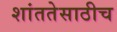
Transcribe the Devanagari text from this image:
शांततेसाठीच